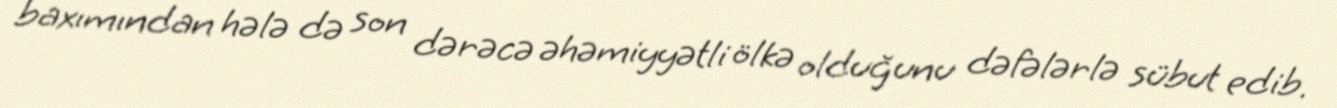
baxımından hələ də son dərəcə əhəmiyyətli ölkə olduğunu dəfələrlə sübut edib.